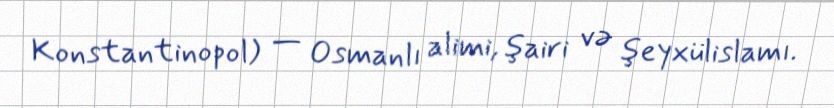
Konstantinopol) — Osmanlı alimi, şairi və şeyxülislamı.